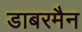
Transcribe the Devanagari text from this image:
डाबरमैन